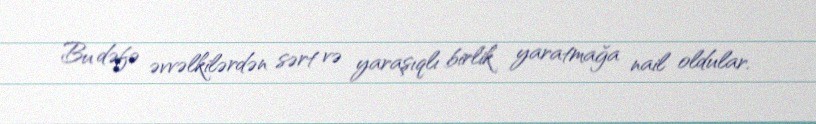
Bu dəfə əvvəlkilərdən sərt və yaraşıqlı birlik yaratmağa nail oldular.